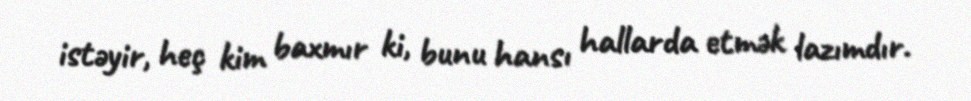
istəyir, heç kim baxmır ki, bunu hansı hallarda etmək lazımdır.